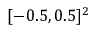
[ - 0 . 5 , 0 . 5 ] ^ { 2 }